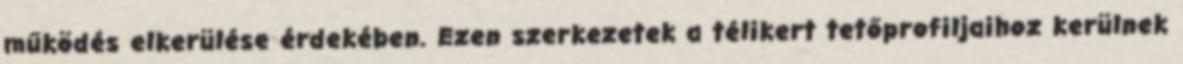
működés elkerülése érdekében. Ezen szerkezetek a télikert tetőprofiljaihoz kerülnek